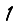
Digit: 1